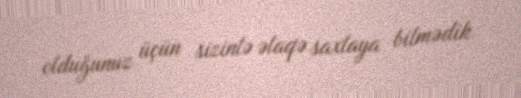
olduğunuz üçün sizinlə əlaqə saxlaya bilmədik.